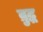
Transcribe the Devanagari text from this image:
व्रुद्ध